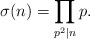
\begin{align*}\sigma(n)=\prod_{p^2\mid n}p.\end{align*}